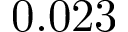
0 . 0 2 3